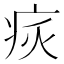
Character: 𤵮